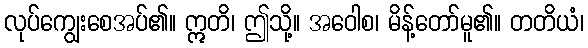
လုပ်ကျွေးစေအပ်၏။ ဣတိ၊ ဤသို့။ အဝေါစ၊ မိန့်တော်မူ၏။ တတိယံ၊